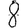
Digit: 8